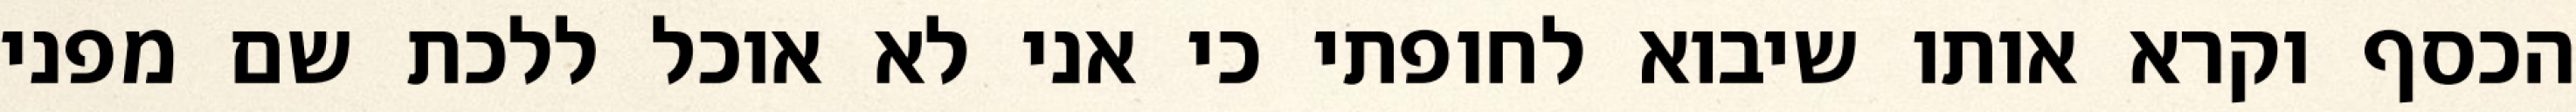
הכסף וקרא אותו שיבוא לחופתי כי אני לא אוכל ללכת שם מפני